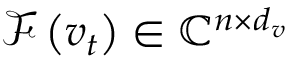
\mathcal { F } \left( v _ { t } \right) \in \mathbb { C } ^ { n \times d _ { v } }